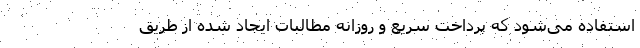
استفاده می‌شود که پرداخت سریع و روزانه مطالبات ایجاد شده از طریق